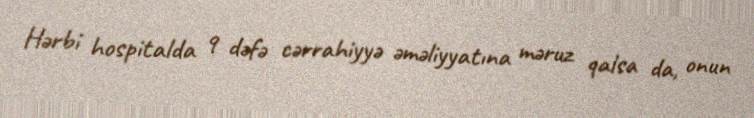
Hərbi hospitalda 9 dəfə cərrahiyyə əməliyyatına məruz qalsa da, onun